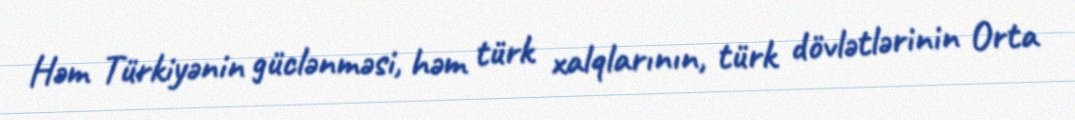
Həm Türkiyənin güclənməsi, həm türk xalqlarının, türk dövlətlərinin Orta